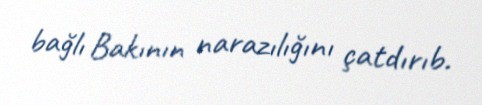
bağlı Bakının narazılığını çatdırıb.